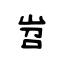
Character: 岧